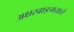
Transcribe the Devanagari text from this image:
अक्षरवाङ्‌मयाचे